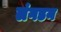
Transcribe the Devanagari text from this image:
लंगडन